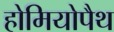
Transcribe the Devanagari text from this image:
होमियोपैथ